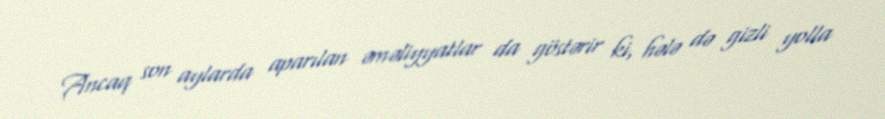
Ancaq son aylarda aparılan əməliyyatlar da göstərir ki, hələ də gizli yolla